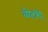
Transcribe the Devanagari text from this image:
वोटोँ